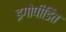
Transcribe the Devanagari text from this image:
इगोपीडित